画像に写った文字を読んでください
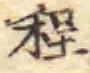
「程」と書いてあります